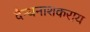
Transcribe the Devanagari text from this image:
दैन्यनाशकराय